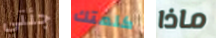
جئتي كلمتك ماذا